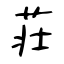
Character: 荘